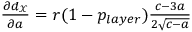
\begin{array} { r } { \frac { \partial d _ { \mathcal { X } } } { \partial a } = r ( 1 - p _ { l a y e r } ) \frac { c - 3 a } { 2 \sqrt { c - a } } } \end{array}